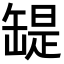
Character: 𦉁